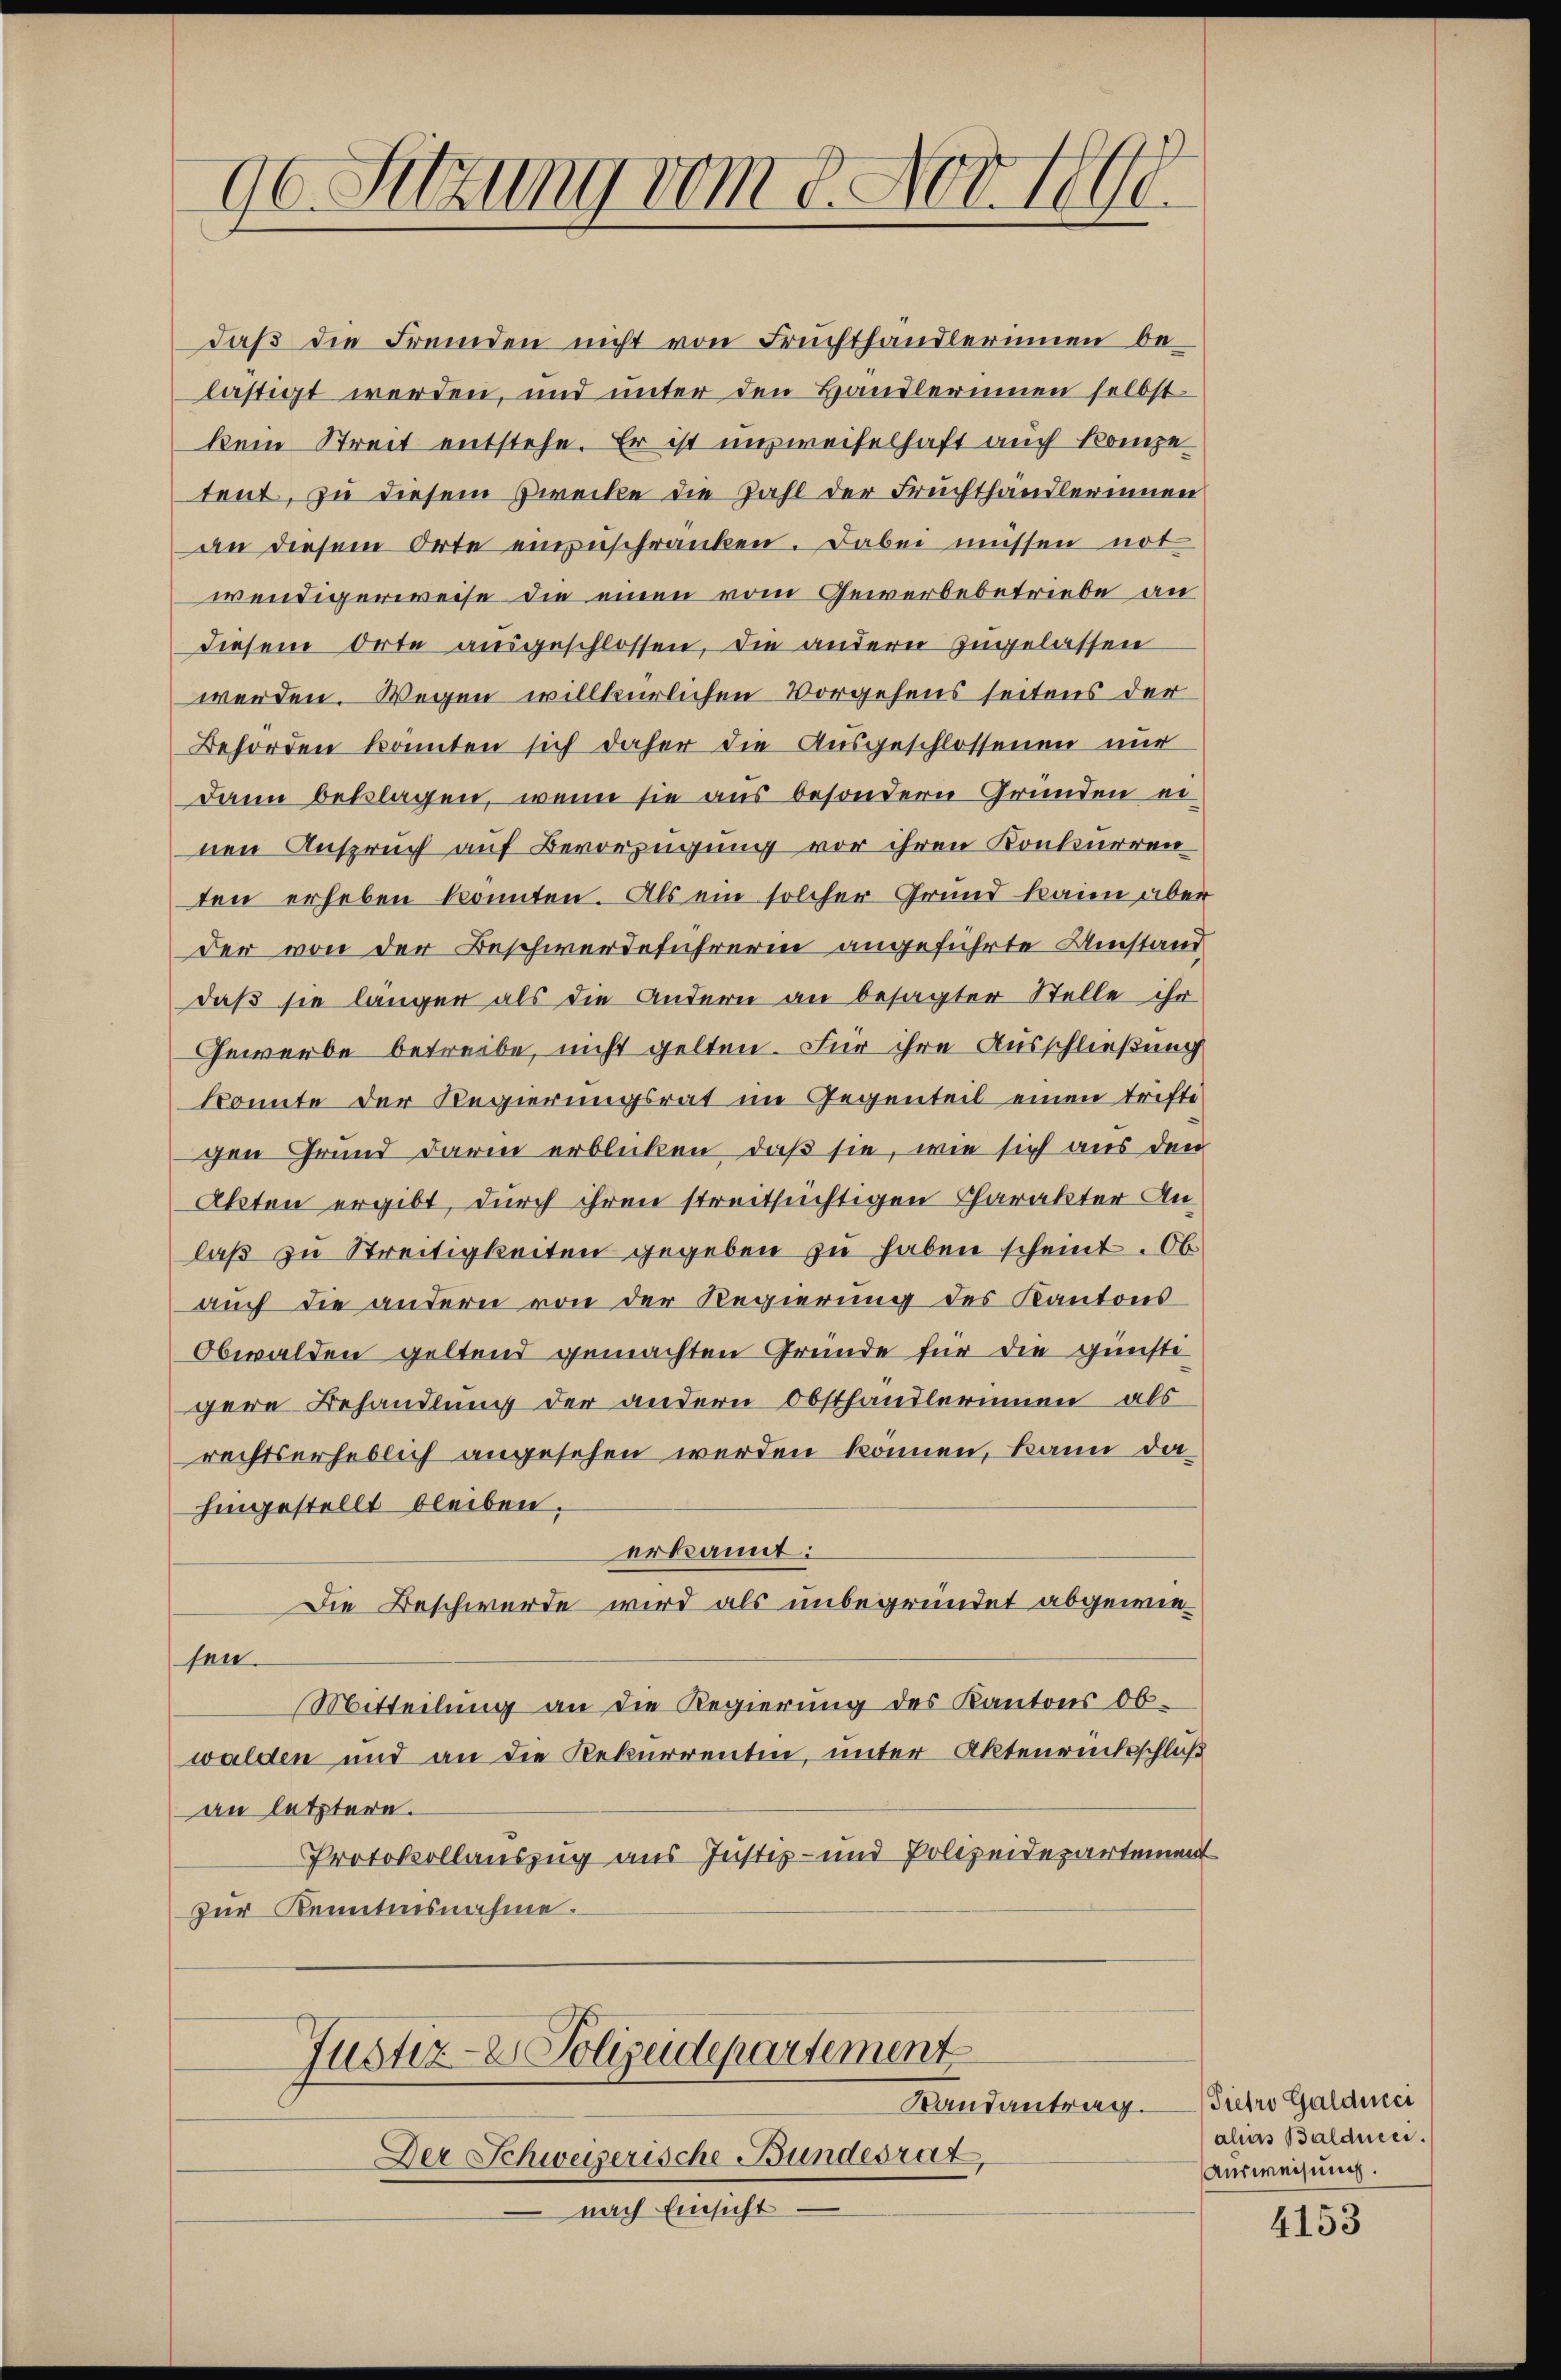
90 Sitzung vom 8. Nov. 1798.

sen.
Justiz- & Polizeidepartement
Randantrag. Pietro Galdmei
Der Schweizerische Bundesrat
nach Einsicht

daß die Fremden nicht von Fruchthändlerinnen belästigt werden, und unter den Handlerinnen selbst-
kein Streit entstehe. Er ist ausweiselhaft auch kompe
tent, zu diesem Zwecke die Zahl der Fruchthändlerinnen
an diesem Orte anzuschranken. Dabei müssen not
wendigerweise die einen vom Gewerbebetriebe an
diesem Orte ausgeschlossen, die andern zugelassen
werden. Wegen willkürlichen Vorgehens seitens der
Behörden könnten sich daher die Ausgeschlossenen nur
dann beklagen, wenn sie aus besondern Gründen er-
nen Anspruch auf Bevorzügung vor ihren Konkurrenten erheben konnten. Als ein solcher Grund kaum aber
der von der Beschwerdeführerin angeführte Umstand
daß sie länger als die andern an besagter Stelle ihr
Gewerbe betreibe, nicht gelten. Für ihre Ausschließung
konnte der Regierungsrat im Gegenteil einen trifte
gen Grund darin erblicken, daß sie, wie sich aus den
Akten ergibt, durch ihren streitsüchtigen Charakter Anlaß zu Streitigkeiten gegeben zu haben scheint. Ob
auch die andern von der Regierung des Kantons
Obwalden geltend gemachten Gründe für die günsti-
gere Behandlung der andern Obsthandlerinnen, als
rechtserheblich angesehen werden können, kann dahingestellt bleiben,
erkannt:
Die Beschwerde wird als unbegründet abgewie¬
Mitteilung an die Regierung des Kantons Ob-
walden und an die Rekurrenten, unter Aktenrücksschluß
an letztere.
Protokollauszug aus Justiz- und Polizeidepartement
zur Kenntnisnahme.

alias Baldner.
Ausweisung.

4153